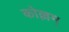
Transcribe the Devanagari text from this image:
कोल्लम्